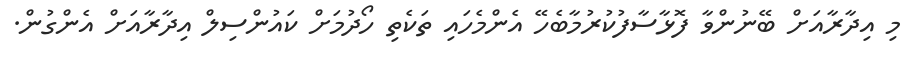
މި އިދާރާއަށް ބޭނުންވާ ފޮޅާސާފުކުރުމާބެހޭ އެންމެހައި ތަކެތި ހޯދުމަށް ކައުންސިލް އިދާރާއަށް އެންގުން.